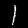
Label: 1